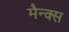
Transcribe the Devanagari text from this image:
मैन्क्स